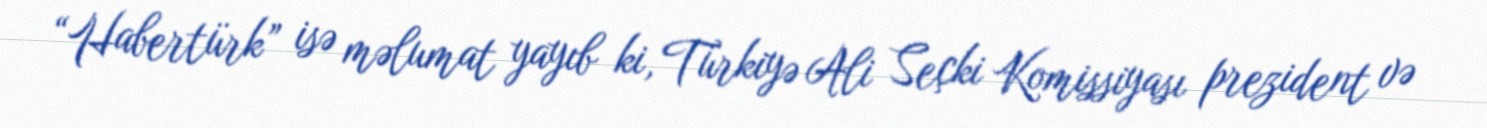
“Habertürk” isə məlumat yayıb ki, Türkiyə Ali Seçki Komissiyası prezident və